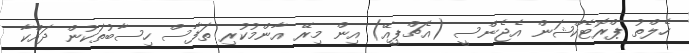
ހެލްތު ޕްރޮޓެކްޝަން އެޖެންސީ (އެޗްޕީއޭ) އިން މިރޭ އާންމުކުރި ތަފާސް ހިސާބުތަކުން ދައްކާ